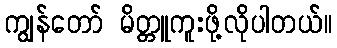
ကျွန်တော် မိတ္တူကူးဖို့လိုပါတယ်။